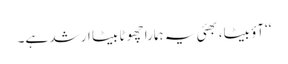
‘‘آؤ بیٹا، بھئی یہ ہمارا چھوٹا بیٹا ارشد ہے۔